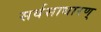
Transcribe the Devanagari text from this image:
सर्वसाधारण्